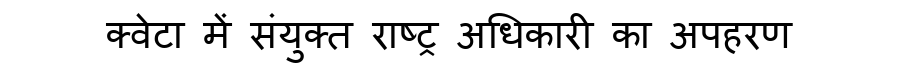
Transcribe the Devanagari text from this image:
क्वेटा में संयुक्त राष्ट्र अधिकारी का अपहरण